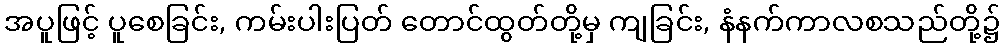
အပူဖြင့် ပူစေခြင်း, ကမ်းပါးပြတ် တောင်ထွတ်တို့မှ ကျခြင်း, နံနက်ကာလစသည်တို့၌